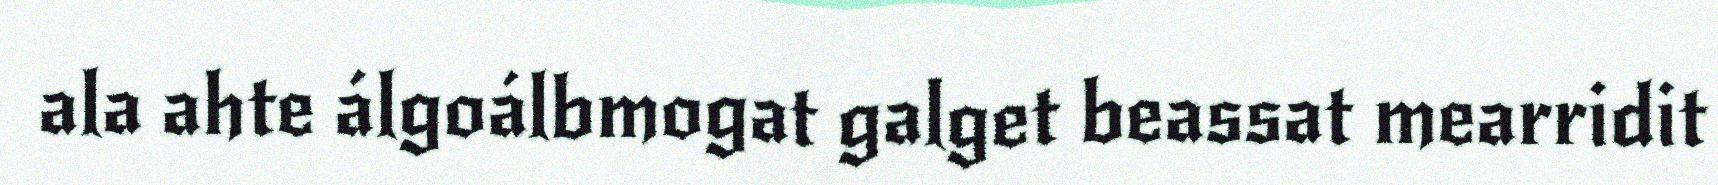
ala ahte álgoálbmogat galget beassat mearridit